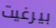
بيرغيت